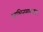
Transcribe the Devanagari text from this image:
अभिनयाखातर